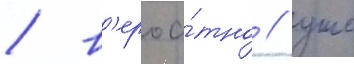
/ в'ероа́тно / уже